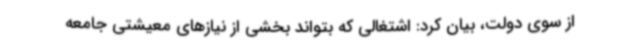
از سوی دولت، بیان کرد: اشتغالی که بتواند بخشی از نیازهای معیشتی جامعه